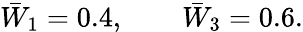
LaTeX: \bar{W}_{1}=0.4,\qquad\bar{W}_{3}=0.6.